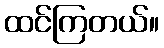
ထင်ကြတယ်။